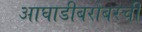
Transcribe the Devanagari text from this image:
आघाडीबरोबरची